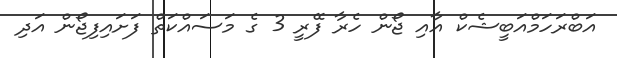
އަބްރަހަމްއަބީޝެކް އާއި ޖޯން ހެރާ ފޭރީ 3 ގެ މަސައްކަތް ފަށައިފިޖޯން އަދި